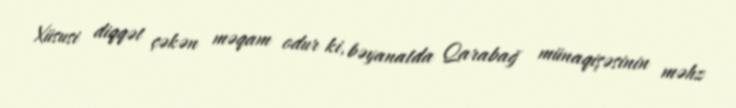
Xüsusi diqqət çəkən məqam odur ki, bəyanatda Qarabağ münaqişəsinin məhz